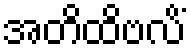
အတိထိဗလိံ